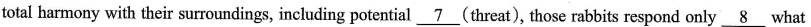
total harmony with their surroundings, including potential (threat), those rabbits respond only 8 what